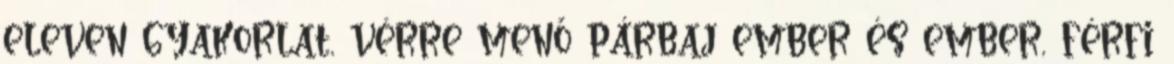
eleven gyakorlat, vérre menő párbaj ember és ember, férfi